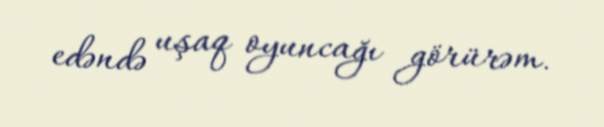
edəndə uşaq oyuncağı görürəm.